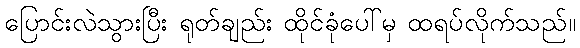
ပြောင်းလဲသွားပြီး ရုတ်ချည်း ထိုင်ခုံပေါ်မှ ထရပ်လိုက်သည်။